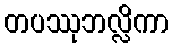
တပဿုဘလ္လိကာ